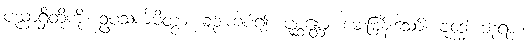
ပညာရှိတို့ကို။ ဥပသင်္ကမိတွာ၊ ချဉ်းကပ်၍။ ပုစ္ဆန္တော၊ မေးမြန်းသော်။ ဗုဒ္ဓေါ၊ ဘုရား။